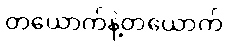
တယောက်နဲ့တယောက်